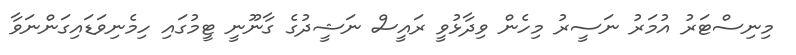
މިނިސްޓަރު އުމަރު ނަސީރު މިހެން ވިދާޅުވީ ރައީސް ނަޝީދުގެ ގާނޫނީ ޓީމުގައި ހިމެނިވަޑައިގަންނަަވާ